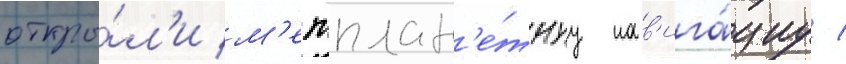
откры́л'и м'ежплан'е́тнуу нав'ига́циу /